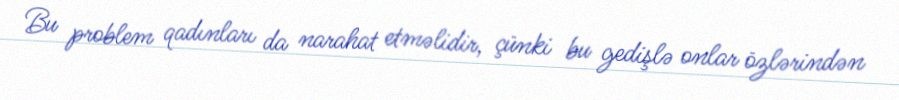
Bu problem qadınları da narahat etməlidir, çünki bu gedişlə onlar özlərindən